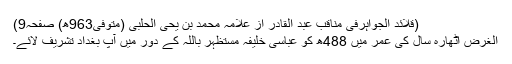
(قلائد الجواہرفی مناقب عبد القادر از علامہ محمد بن یحی الحلبی (متوفیٰ963ھ) صفحہ9)
الغرض اٹھارہ سال کی عمر میں 488ھ کو عباسی خلیفہ مستظہر باللہ کے دور میں آپ بغداد تشریف لائے۔